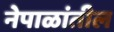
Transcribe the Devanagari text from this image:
नेपाळांतील